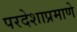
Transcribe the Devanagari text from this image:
परदेशाप्रमाणे